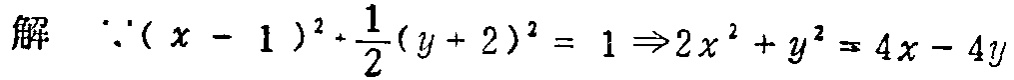
解 $\because (x - 1)^2+\frac{1}{2}(y + 2)^2 = 1\Rightarrow2x^{2}+y^{2}=4x - 4y$